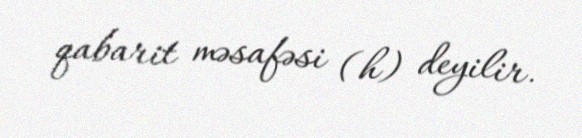
qabarit məsafəsi (h) deyilir.